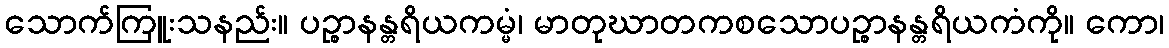
သောက်ကြူးသနည်း။ ပဉ္စာနန္တရိယကမ္မံ၊ မာတုဃာတကစသောပဉ္စာနန္တရိယကံကို။ ကော၊